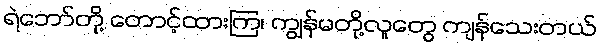
ရဲဘော်တို့ တောင့်ထားကြ၊ ကျွန်မတို့လူတွေ ကျန်သေးတယ်